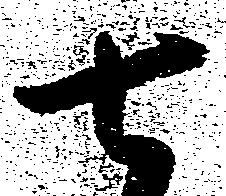
七